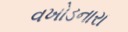
વખોડનારા